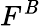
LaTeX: F^{\mathit{B}}